Document type: Oath
Year: 1447
Scribe: Pere Figuerola
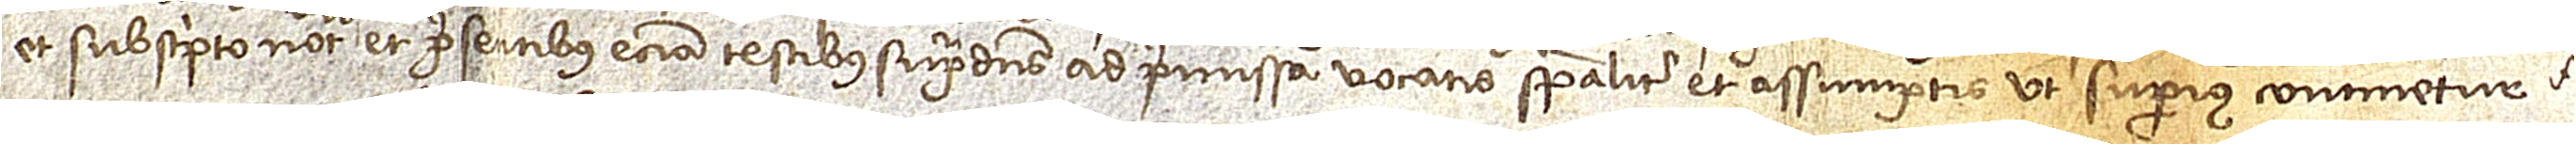
et subscripto notario et presentibus etiam testibus supradictis ad premissa vocatis specialiter et assumptis ut superius continetur.